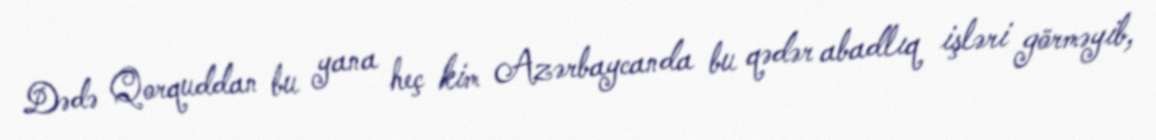
Dədə Qorquddan bu yana heç kim Azərbaycanda bu qədər abadlıq işləri görməyib,